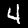
Digit: 4